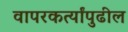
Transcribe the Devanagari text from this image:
वापरकर्त्यांपुढील